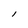
Character: l